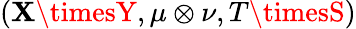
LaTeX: (\mathbf{X}\timesY,\mu\otimes\nu,T\timesS)